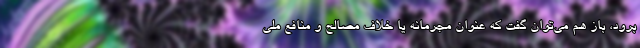
برود، باز هم می‌توان گفت که عنوان مجرمانه یا خلاف مصالح و منافع ملی